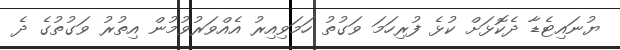
ޔުނައިޓެޑާ ދެކޮޅަށް ކުޅެ ފުރިހަމަ ވަގުތު ހަމަވިއިރު އެއްވަރުވުމުން އިތުރު ވަގުތުގެ ދެ